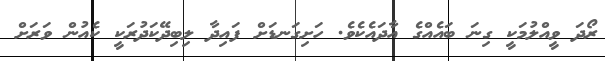
ރޯދަ ވީއްލުމަކީ ގިނަ ބައެއްގެ އާދައެކެވެ. ހަށިގަނޑަށް ފައިދާ ލިބިދޭކަދުރަކީ ކެއުން ވަރަށް